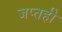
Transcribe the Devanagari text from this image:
जप्‍तही